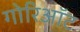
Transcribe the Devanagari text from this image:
गोरिऑट